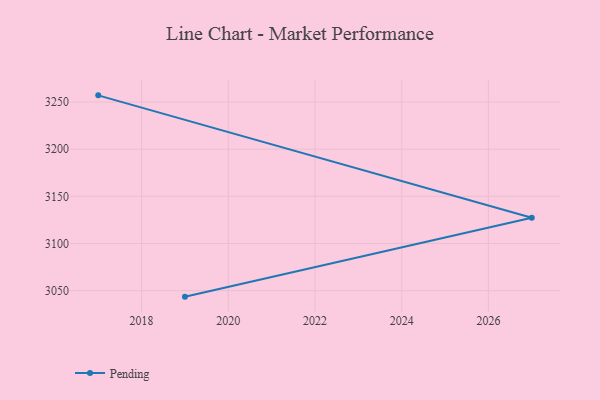
{"axis": {"x": "Year", "y": "Revenue (USD Million)"}, "legend": ["Pending"], "data": [{"x": "2019", "y": 3043.6, "type": "Pending"}, {"x": "2027", "y": 3127.3, "type": "Pending"}, {"x": "2017", "y": 3257.1, "type": "Pending"}]}